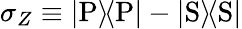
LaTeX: \sigma_{Z}\equiv{\left|{\mathrm{P}}\right\rangle\! \! \left\langle{\mathrm{P}}\right|}-{\left|{\mathrm{S}}\right\rangle\! \! \left\langle{\mathrm{S}}\right|}